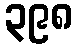
၃၉၈